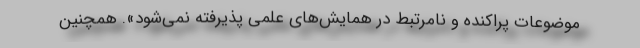
موضوعات پراکنده و نامرتبط در همایش‌های علمی پذیرفته نمی‌شود». همچنین